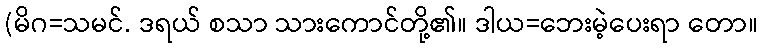
(မိဂ=သမင်. ဒရယ် စသာ သားကောင်တို့၏။ ဒါယ=ဘေးမဲ့ပေးရာ တော။